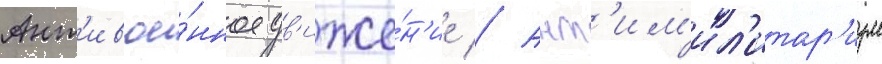
Ант'ивое́нное дв'иже́н'ие // Ант'им'ил'итар'изм